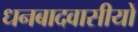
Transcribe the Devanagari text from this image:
धनबादवासीयों